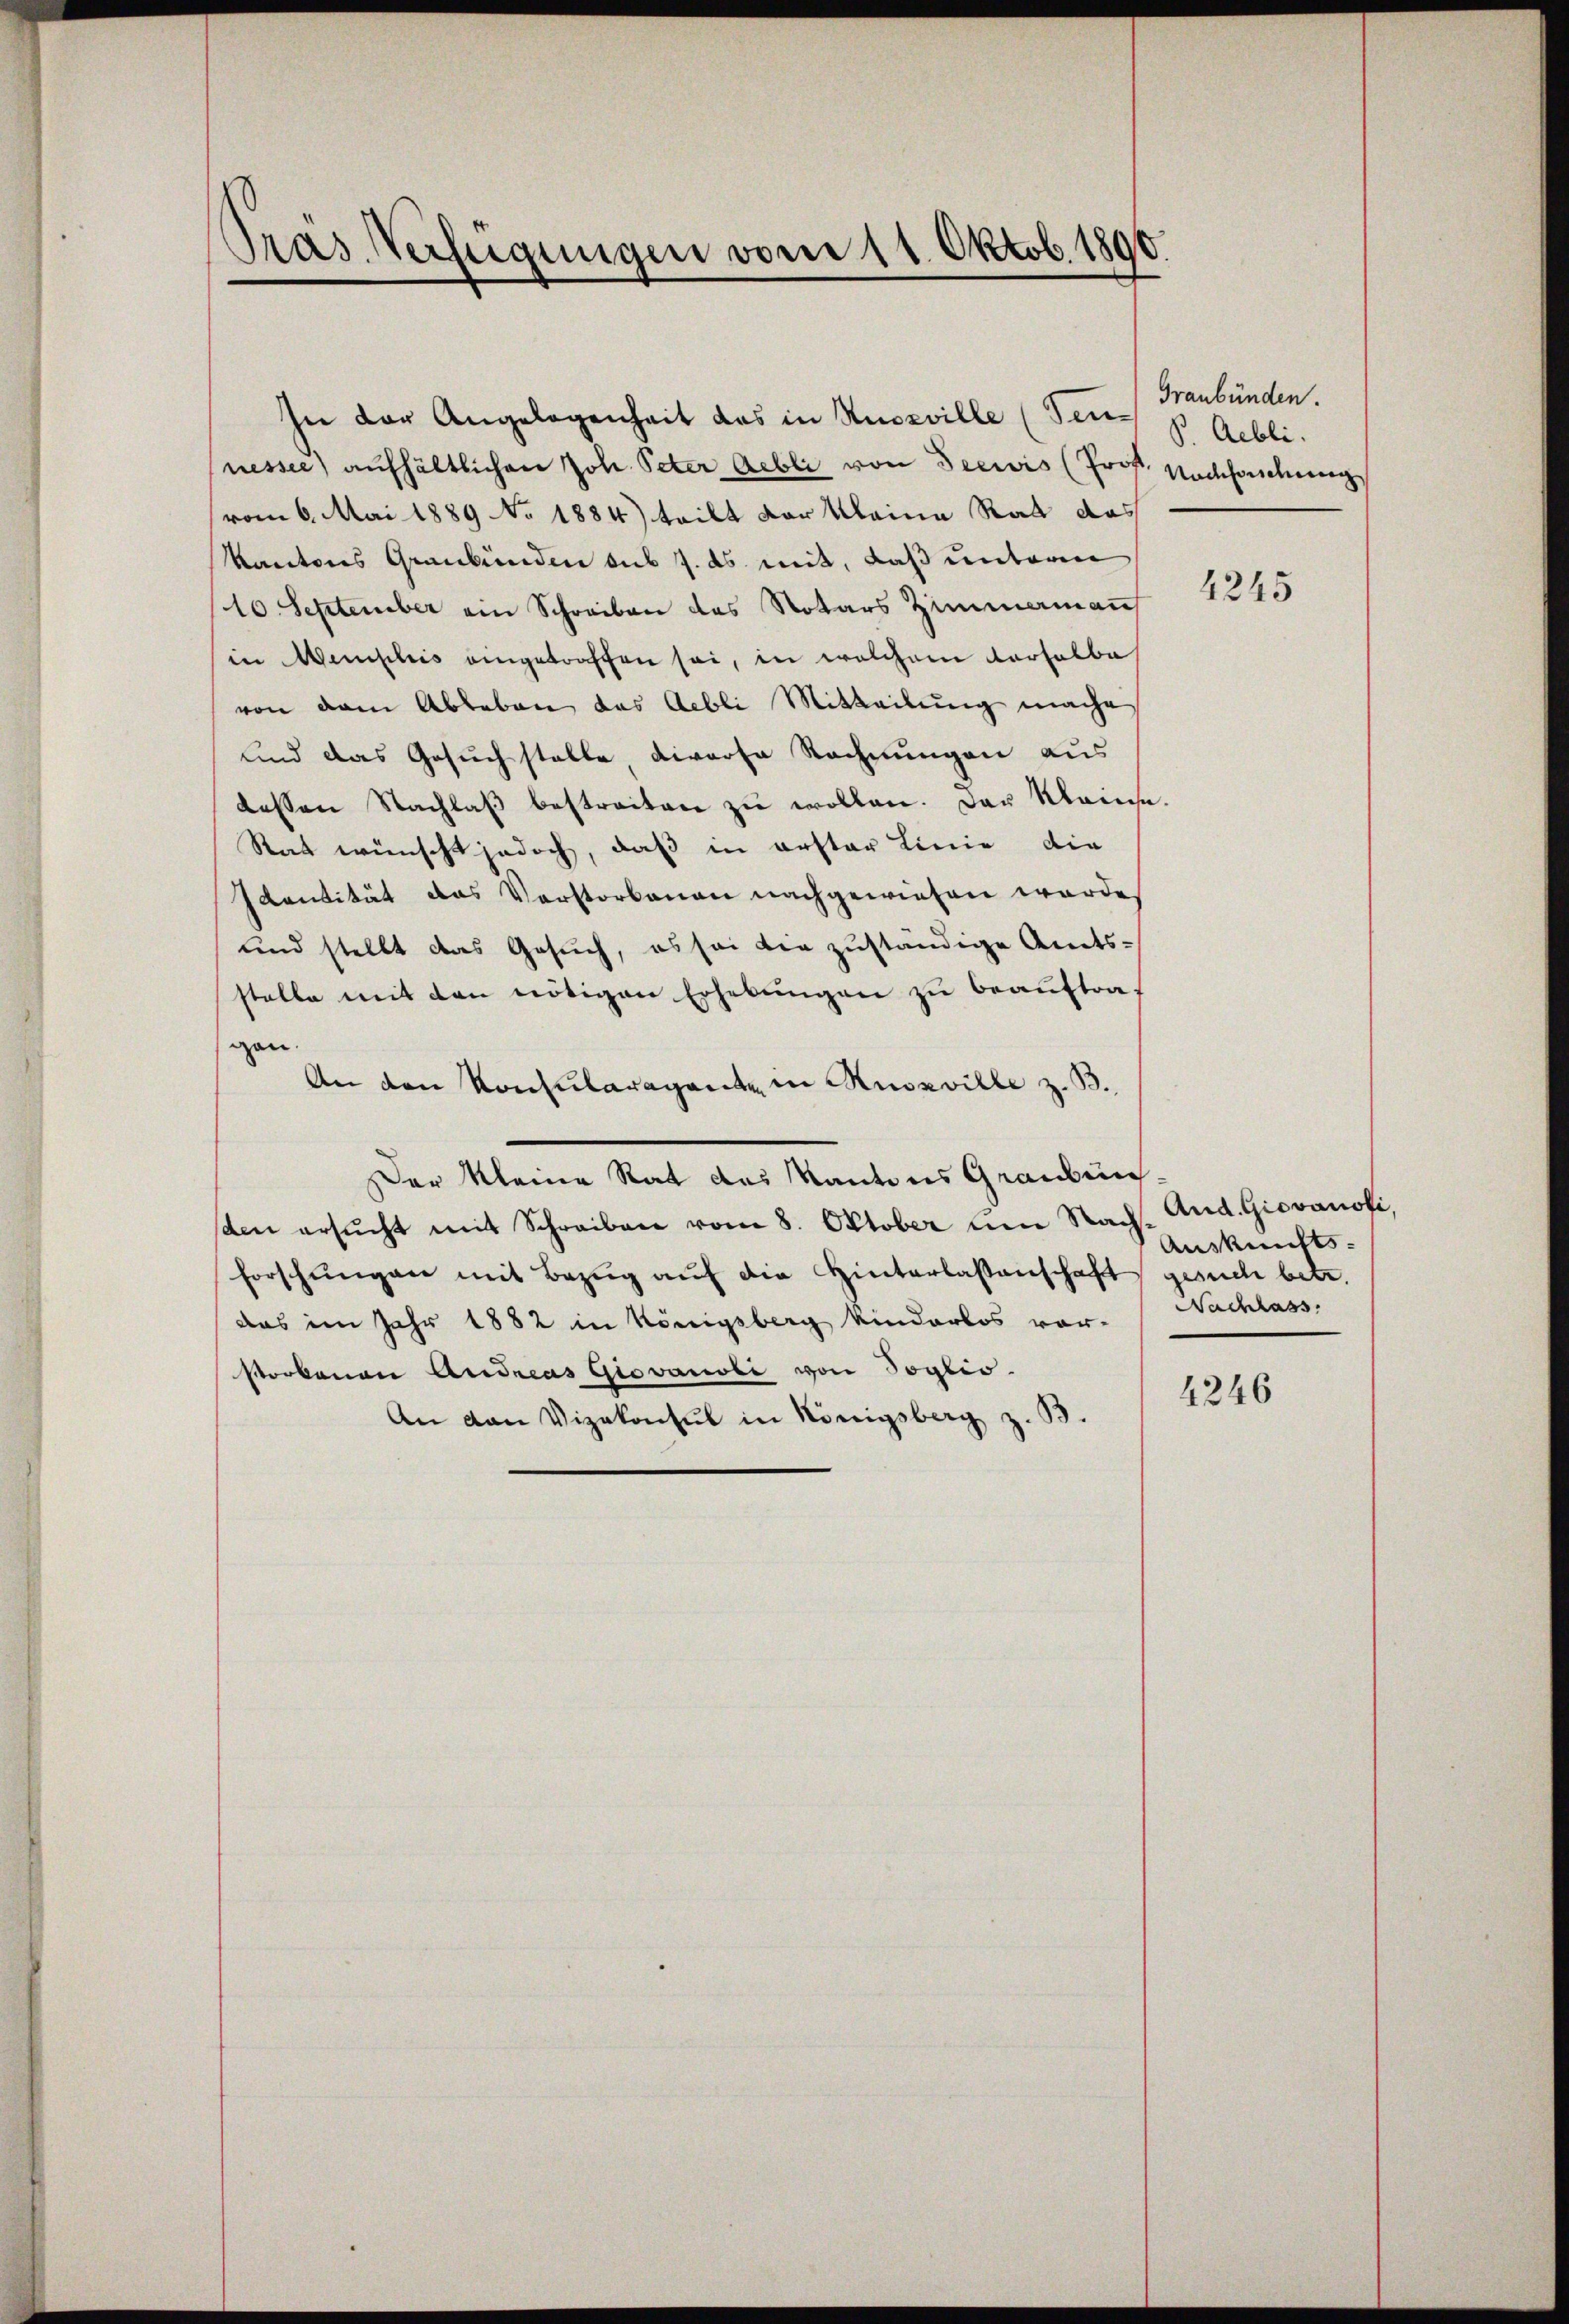
Pras Verfügungen vom 11. Oktob. 1890.

In der Angelegenheit das in Ruoeville (Sennessee) aufhältlichen Joh. Peter Gebli von Seewis (Prof. Nachhandlung
(vom 6. Mai 1889 No 1884) teilt der Meine Rat das
Kantons Graubünden sub 7. ds. mit, daß unterm
10. September ein Schreiben das Notars Zimmenann
in emplis eingetroffen sei, in welchem Vorhalbah
von dem Ableben das Aebli Mitteilung mache
und das Gesuch stelle divorse Rechnungen aus
dessen Nachlaβ bestreiten zŭ wollen. Der Kleinse.
Rat wünscht jedoch, daß in erster Linie die
Identität das Verstorbenen nachgewiesen werde.
und stellt das Gesuch, es sei die zuständige Amts-
stelle mit den nötigen Erhebŭngen zu beauftra-
gan.
An den Konsularagante in Kuszville z. B.
Der Kleine Rat des Kantons Graubünsden ersŭcht mit Schreiben vom 8. Oktober um Nach¬
Forschungen mit Bezug auf die Hinterlassenschaft gesuch betr.
das im Jahr 1882 in Königsberg kinderlos vor-
storbenen Andreas Giovanobi von Toglio.
An van Vizekonsul in Königsberg z. B.

Graubünden.
P. Aebli

4245

And. Giovanoti
Auskunfts-
Nachlass

4246